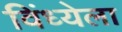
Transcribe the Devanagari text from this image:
विंध्येला